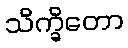
သိက္ခိတော